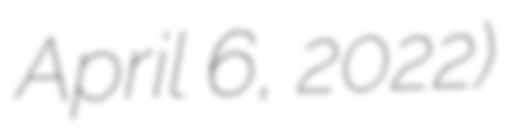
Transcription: April 6, 2022)